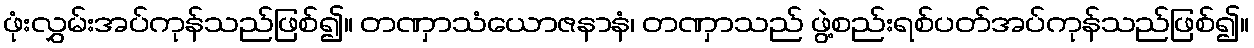
ဖုံးလွှမ်းအပ်ကုန်သည်ဖြစ်၍။ တဏှာသံယောဇနာနံ၊ တဏှာသည် ဖွဲ့စည်းရစ်ပတ်အပ်ကုန်သည်ဖြစ်၍။